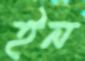
ইন